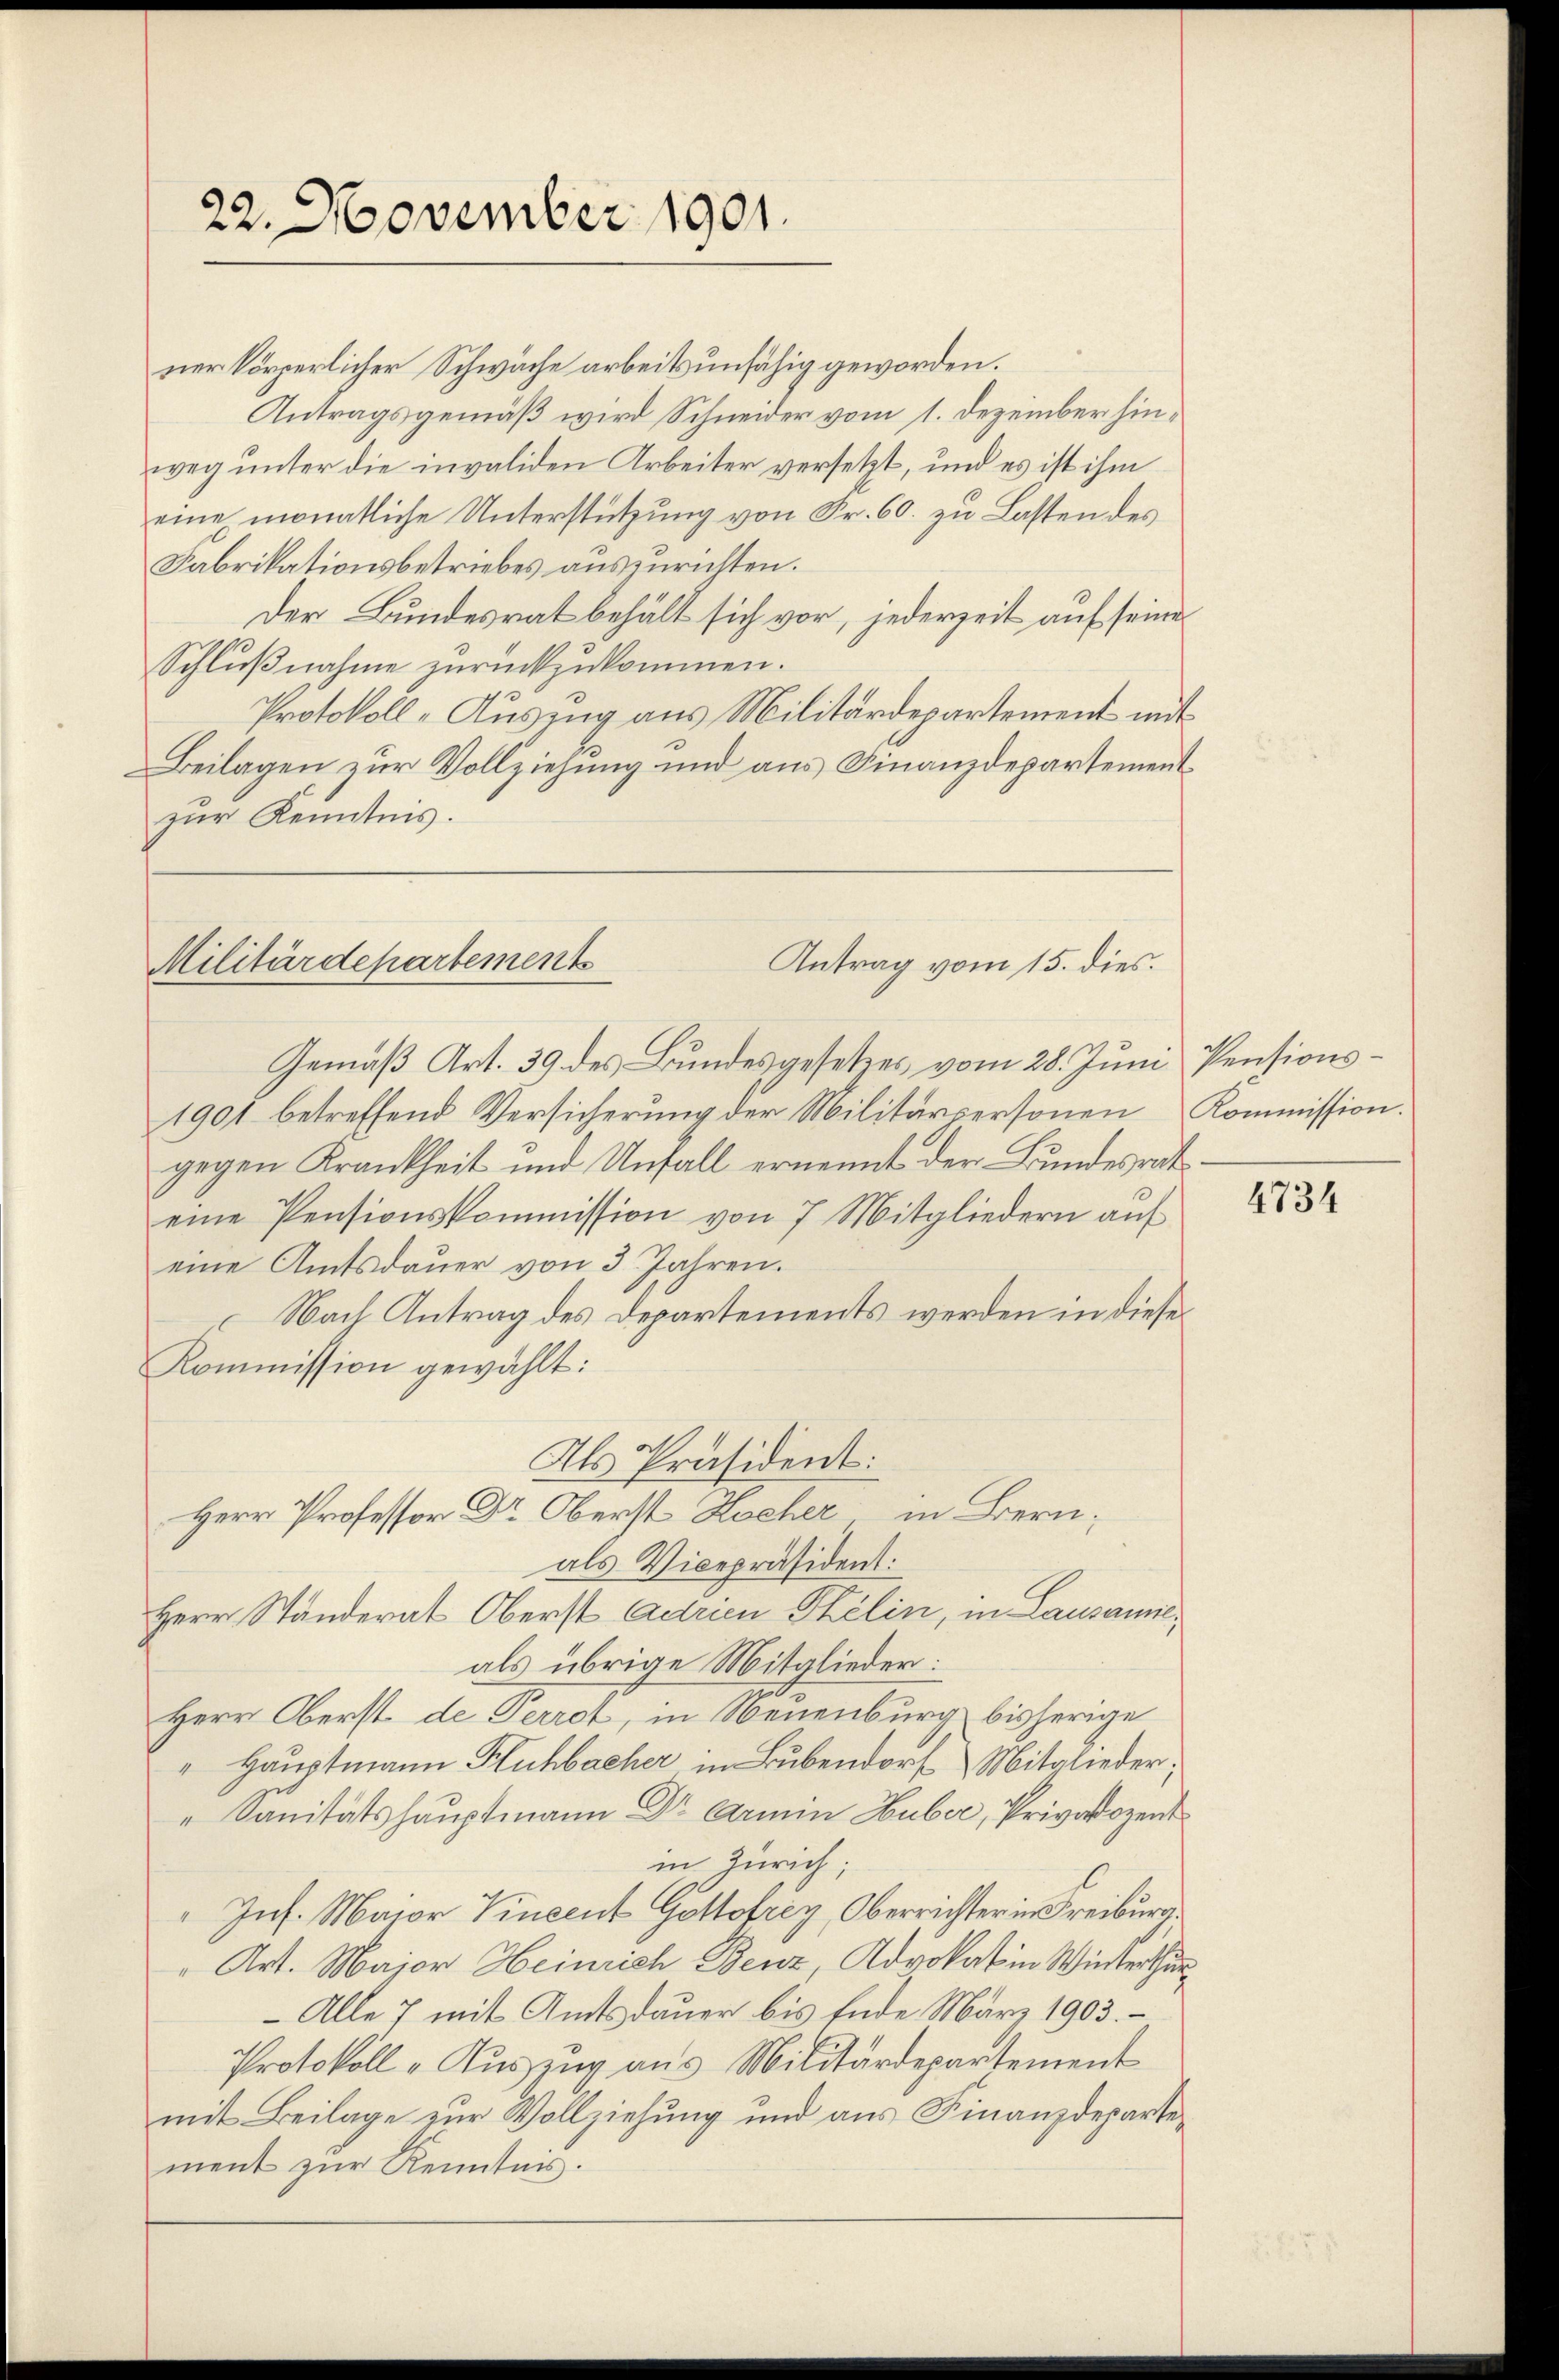
ner körperlicher Schwäche arbeitsunfähig geworden.
Antragsgemäß wird Schneider vom 1. Dezember hinweg unter die invaliden Arbeiter versetzt, und es ist ihm
eine monatliche Unterstützung von Fr. 60. zu Lasten des
Fabrikationsbetriebes auszurichten.
Der Bundesrat behält sich vor, jederzeit auf seine
Schlußnahme zurückzukommen.
Protokoll-Auszug aus Militärdepartement mit
Beilagen zur Vollziehung und aus Finanzdepartement
zur Kenntnis.

22. November 1901.

Gemäß Art. 39 des Bundesgesetzes vom 28. Juni, Pensions¬
1901 betreffend Versicherung der Militärpersonen Kommission.
gegen Krankheit und Unfall ernennt der Bundesrat
eine Pensionskommission von 7 Mitgliedern auf
eine Amtsdauer von 3 Jahren.
Nach Antrag des Departements werden in diese
Kommission gewählt:
Als Präsident:
Herr Professor Dr. Oberst Hocher in Bern,
als Vicepräsident:
Herr Ständerat Oberst Adrien Thélin, in Lausanneals übrige Mitglieder:
Herr Oberst de Terrot, in Neuenburg bisherige
" Hauptmann Kuhbacher in Bubendorf Mitglieder,
" Sanitätshauptmann Dr Armin Huber, Privatdozent
in Zürich;
"Ins. Maior Vincent Gottofrey, Oberrichter in Freiburg
" Art. Major Heinrich Benz Advokat in Winterthur
 Alle 7 mit Amtsdauer bis Ende März 1903.
Protokoll - Auszug aus Militärdepartement
mit Beilage zur Vollziehung und aus Finanzdepartement zur Kenntnis.

Antrag vom 15. dies.
Militärdepartements

4734